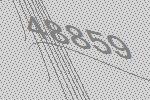
48859